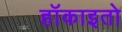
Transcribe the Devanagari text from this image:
हॉकाइतो